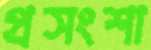
প্রসংশা